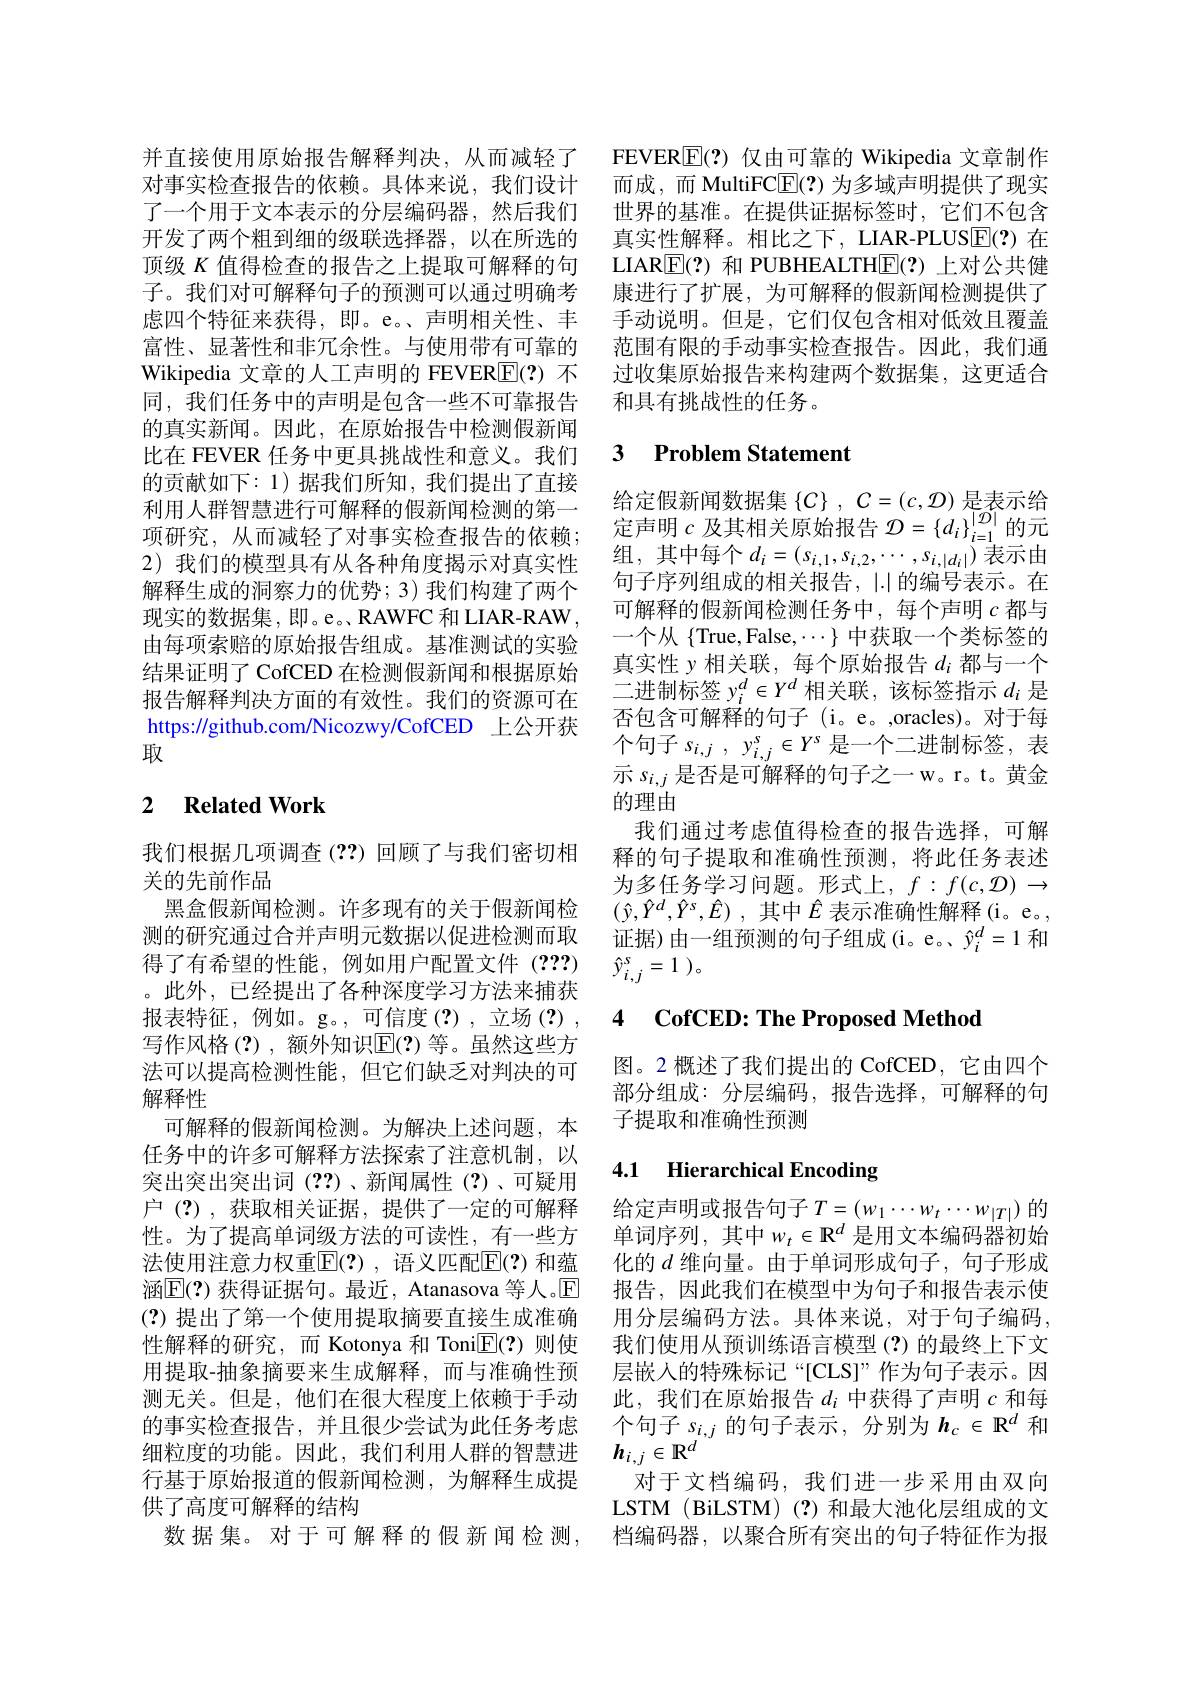
子。我们对可解释句子的预测可以通过明确考Wikipedia 文章的人工声明的 FEVER$\overline{\mathbb{F}}(?)$不同，我们任务中的声明是包含一些不可靠报告的真实新闻。因此，在原始报告中检测假新闻比在 FEVER 任务中更具挑战性和意义。我们的贡献如下：1)据我们所知，我们提出了直接利用人群智慧进行可解释的假新闻检测的第一项研究，从而减轻了对事实检查报告的依赖； 2) 我们的模型具有从各种角度揭示对真实性解释生成的洞察力的优势；3)我们构建了两个现实的数据集，即。e。、RAWFC 和 LIAR-RAW , 由每项索赔的原始报告组成。基准测试的实验结果证明了 CofCED 在检测假新闻和根据原始报告解释判决方面的有效性。我们的资源可在https://github.com/Nicozwy/CofCED 上公开获取

## 2 $\textbf{Related Work}$

我们根据几项调查(??)回顾了与我们密切相
关的先前作品
黑盒假新闻检测。许多现有的关于假新闻检测的研究通过合并声明元数据以促进检测而取得了有希望的性能，例如用户配置文件(???) 。此外，已经提出了各种深度学习方法来捕获报表特征，例如。g。,可信度(?),立场(?), 写作风格(?),额外知识$\mathbb{E}(?)$ 等。虽然这些方法可以提高检测性能，但它们缺乏对判决的可解释性
可解释的假新闻检测。为解决上述问题，本任务中的许多可解释方法探索了注意机制，以突出突出突出词(??)、新闻属性(?)、可疑用户 (?),获取相关证据，提供了一定的可解释性。为了提高单词级方法的可读性，有一些方法使用注意力权重$\mathbb{E}(?)$, 语义匹配$\mathbb{E}(?)$ 和蕴涵$\mathbb{E}(?)$ 获得证据句。最近，Atanasova 等人。$\mathbb{E}$ (?)提出了第一个使用提取摘要直接生成准确性解释的研究，而 Kotonya 和 ToniE(?)则使用提取-抽象摘要来生成解释，而与准确性预测无关。但是，他们在很大程度上依赖于手动的事实检查报告，并且很少尝试为此任务考虑细粒度的功能。因此，我们利用人群的智慧进行基于原始报道的假新闻检测，为解释生成提供了高度可解释的结构
数据集。对于可解释的假新闻检测，

并直接使用原始报告解释判决，从而减轻了 FEVER$\overline{\mathrm{E}}(?)$仅由可靠的 Wikipedia 文章制作对事实检查报告的依赖。具体来说，我们设计 而成，而 MultiFC$\boxed{\mathrm{E}}(?)$为多域声明提供了现实了一个用于文本表示的分层编码器，然后我们 世界的基准。在提供证据标签时，它们不包含开发了两个粗到细的级联选择器，以在所选的 真实性解释。相比之下，LIAR-PLUSE(?) 在顶级$K$值得检查的报告之上提取可解释的句 LIARE(?)和 PUBHEALTHE(?)上对公共健
康进行了扩展，为可解释的假新闻检测提供了
虑四个特征来获得，即。e。、声明相关性、丰 手动说明。但是，它们仅包含相对低效且覆盖富性、显著性和非冗余性。与使用带有可靠的 范围有限的手动事实检查报告。因此，我们通
过收集原始报告来构建两个数据集，这更适合
和具有挑战性的任务。

## 3 Problem Statement

给定假新闻数据集$\{ C\}$ , $C= ( c, \mathcal{D} )$是表示给定声明$c$ 及其相关原始报告 $\mathcal{D}=\left\{d_i\right\}_i=1^{|\mathcal{D}|}$的元组，其中每个$d_i=(s_{i,1},s_{i,2},\cdots,s_{i,|d_i|})$表示由句子序列组成的相关报告，|.|的编号表示。在可解释的假新闻检测任务中，每个声明$c$都与一个从$\{$True,False,$\cdots\}$中获取一个类标签的真实性$y$相关联，每个原始报告$d_i$都与一个二进制标签$y_i^d\in Y^d$相关联，该标签指示$d_i$是否包含可解释的句子(i。e。,oracles)。对于每个句子$s_{i, j}$ , $y_{i, j}^s\in Y^s$是一个二进制标签，表示$s_{i,j}$是否是可解释的句子之一 w。r。t。黄金的理由
我们通过考虑值得检查的报告选择，可解释的句子提取和准确性预测，将此任务表述为多任务学习问题。形式上，$f:f(c,\mathcal{D})\to$ $( \hat{y} , \hat{Y} ^{d}, \hat{Y} ^{s}, \hat{E} )$ ,其中$\hat{E}$表示准确性解释(i。e。, 证据)由一组预测的句子组成(i。e。,$\hat{y}_i^d=1$和$\hat{y} _{i, j}^{s}= 1$ )。

# 4 $\textbf{CofCED: The Proposed Method}$

图。2 概述了我们提出的 CofCED,它由四个部分组成：分层编码，报告选择，可解释的句子提取和准确性预测

# 4.1 Hierarchical Encoding

给定声明或报告句子$T=\left(w_1\cdots w_t\cdots w_{|T|}\right)$的单词序列，其中$w_t\in\mathbb{R}^d$ 是用文本编码器初始化的$d$维向量。由于单词形成句子，句子形成报告，因此我们在模型中为句子和报告表示使用分层编码方法。具体来说，对于句子编码， 我们使用从预训练语言模型(?)的最终上下文层嵌人的特殊标记“[CLS]”作为句子表示。因此，我们在原始报告$d_i$中获得了声明$c$和每个句子$s_i,j$的句子表示，分别为$\boldsymbol{h}_c\in\mathbb{R}^d$和$h_{i,j}\in\mathbf{R}^d$
对于文档编码，我们进一步采用由双向LSTM (BiLSTM)(?)和最大池化层组成的文档编码器，以聚合所有突出的句子特征作为报